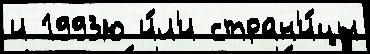
и 1993ю и́л'и стран'и́цы